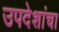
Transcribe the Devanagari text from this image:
उपदेशांचा